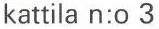
kattila n:o 3